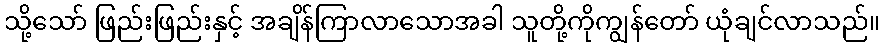
သို့သော် ဖြည်းဖြည်းနှင့် အချိန်ကြာလာသောအခါ သူတို့ကိုကျွန်တော် ယုံချင်လာသည်။